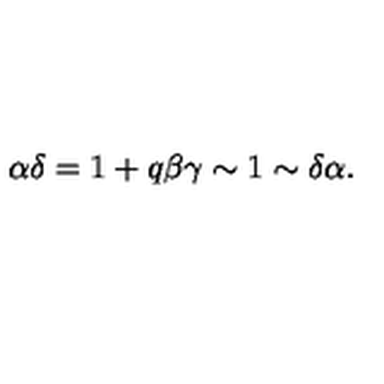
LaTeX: \alpha \delta = 1 + q \beta \gamma \sim 1 \sim \delta \alpha .